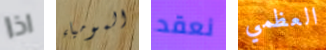
اذا المومياء نعقد العظمي